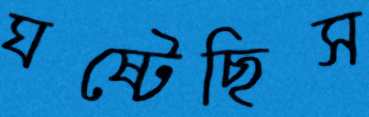
ঘষ্‌টেছিস